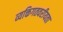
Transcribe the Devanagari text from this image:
व्यक्तिगतवरीयता